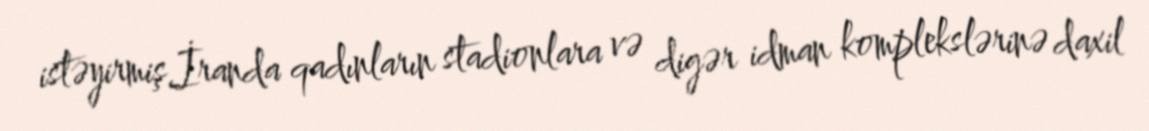
istəyirmiş.İranda qadınların stadionlara və digər idman komplekslərinə daxil